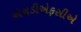
એચડીએફસીએ